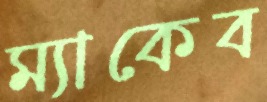
ম্যাকেব